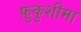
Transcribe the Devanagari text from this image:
फ़ुकुशीमा